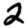
Digit: 2